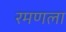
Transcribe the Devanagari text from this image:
रमणला